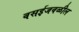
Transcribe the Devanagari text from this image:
वसईजवळील